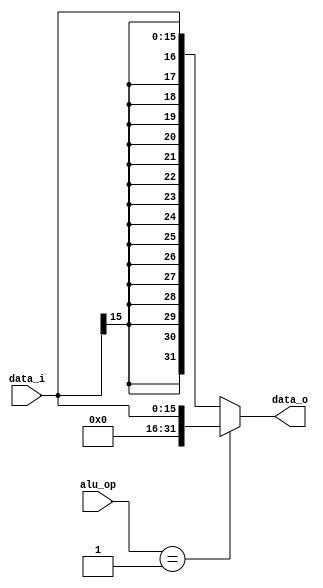

module Sign_Extend(
    data_i,
    alu_op,
    data_o
    );

//I/O ports
input   [16-1:0] data_i;
input   [2:0]    alu_op;
output  [32-1:0] data_o;

//Internal Signals
reg     [32-1:0] data_in_o;

//Sign extended

assign data_o = data_in_o;

always @(*) begin
	case(alu_op)
		3'b001: data_in_o <= {{16{1'b0}},data_i};
		default:data_in_o <= {{16{data_i[15]}},data_i};
	endcase
end

endmodule